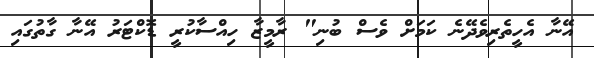
އޭނާ އެހީތެރިވެދޭނެ ކަމަށް ވެސް ބުނި" ރާމީޒާ ހިއްސާކުރީ ޑޮކްޓަރު އޭނާ ގާތުގައި